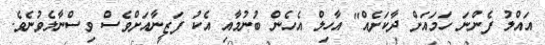
އައްލު ފެންނަ ހަމައަށް ދާކަށެއް" އާހިލް އެހެން ބުނުމާއި އެކު ފަޒީނާއަށްވެސް ވިސްނާލެވުނެވެ.